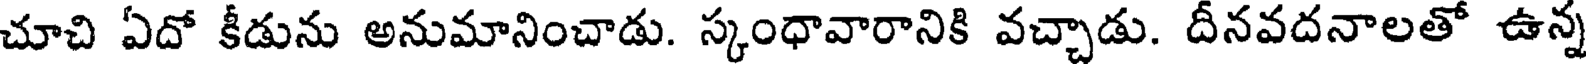
చూచి ఏదో కీడును అనుమానించాడు. స్కంధావారానికి వచ్చాడు. దీనవదనాలతో ఉన్న